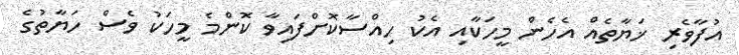
އުފާވެރި ޚަޔާތެއް އެހެން މީހަކާއި އެކު ހިއްސާކޮށްފައިވާ ކޮންމެ މީހަކު ވެސް ހަޔާތުގެ